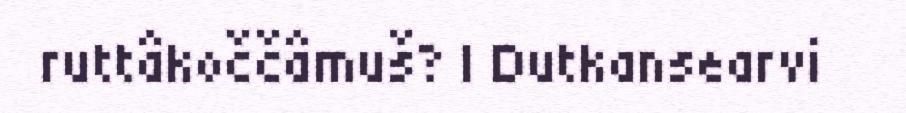
ruttâkoččâmuš? | Dutkansearvi